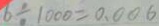
6 \div 1 0 0 0 = 0 . 0 0 6